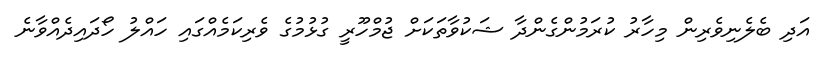
އަދި ބެލެނިވެރިން މިހާރު ކުރަމުންގެންދާ ޝަކުވާތަކަށް ޖުމްހޫރީ ގުޅުމުގެ ވެރިކަމެއްގައި ހައްލު ހޯދައިދެއްވާނެ